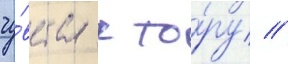
чу́вства к то́ру //